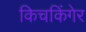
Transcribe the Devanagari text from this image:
किचकिंगेर